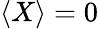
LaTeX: \langle X\rangle=0